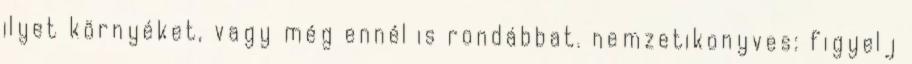
ilyet környéket, vagy még ennél is rondábbat. nemzetikonyves: figyelj